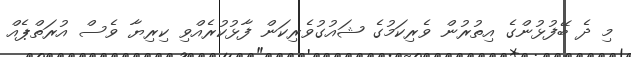
މި ދެ ބޭފުޅުންގެ އިތުރުން ވެރިކަމުގެ ޝައުގުވެރިކަން ފާޅުކުރެއްވި ކިރިޔާ ވެސް އުރަތްޕެއް